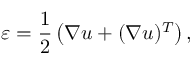
\boldsymbol { \varepsilon } = \frac { 1 } { 2 } \left( \nabla \boldsymbol { u } + ( \nabla \boldsymbol { u } ) ^ { T } \right) ,